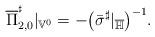
LaTeX: \begin{gather*}\overline{\Pi}_{2,0}^{^{\sharp}}|_{\mathbb{V}^{0}}=-\big(\bar{\sigma}^{\sharp}|_{\overline{\mathbb{H}}}\big)^{-1}.\end{gather*}